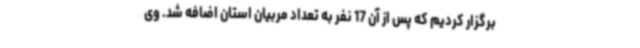
برگزار کردیم که پس از آن 17 نفر به تعداد مربیان استان اضافه شد. وی